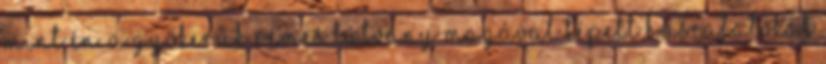
mint én. A gyökerük rémes látvány magával tépett húscafatokat